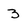
Character: 3